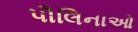
પૌલિનાઓ